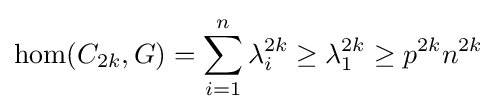
\operatorname {hom} (C_{2k},G)=\sum _{i=1}^{n}\lambda _{i}^{2k}\geq \lambda _{1}^{2k}\geq p^{2k}n^{2k}